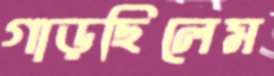
গাড়ছিলেম